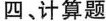
四、计算题